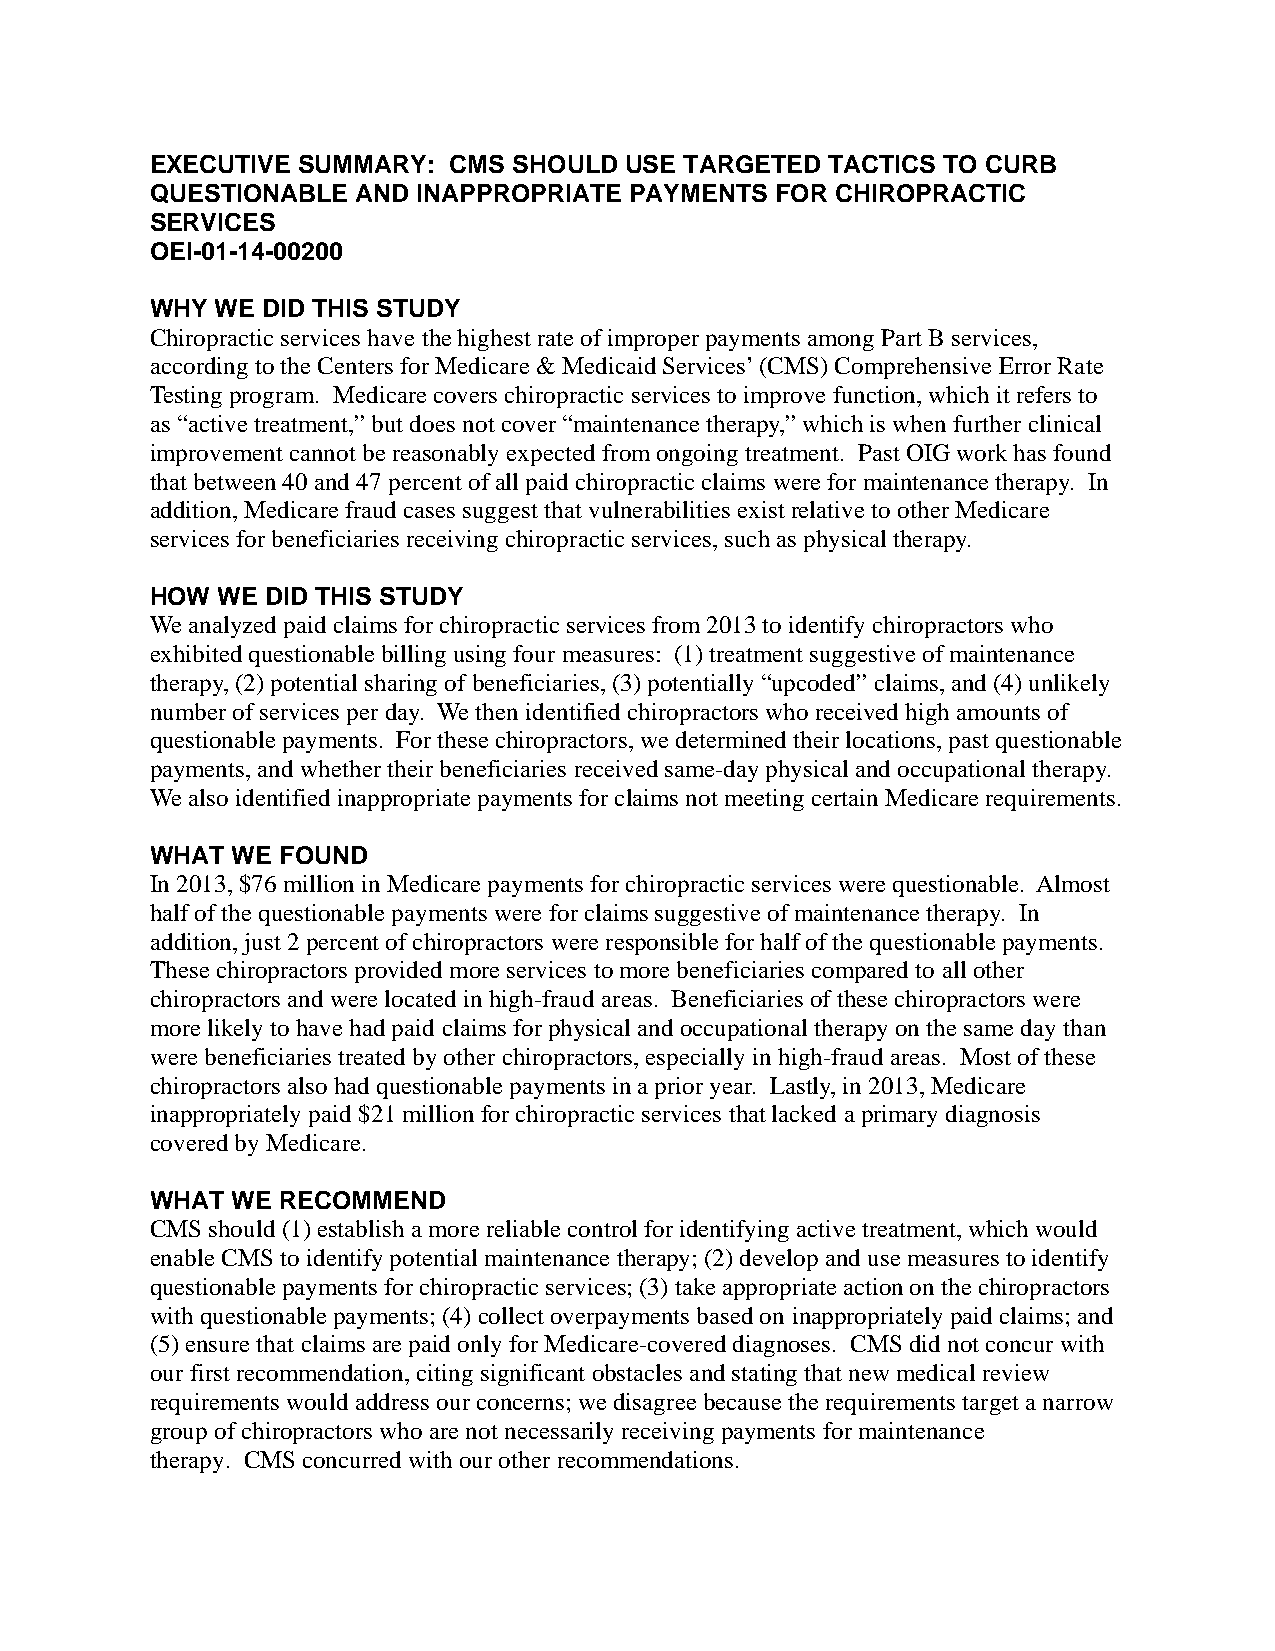
EXECUTIVE SUMMARY:  CMS SHOULD USE TARGETED  TACTICS TO CURB
 QUESTIONABLE  AND INAPPROPRIATE PAYMENTS FOR CHIROPRACTIC
 SERVICES
 OEI-01-14-00200
 WHY WE DID THIS STUDY
 Chiropractic services have the highest rate of improper payments among Part B services,
 according to the Centers for Medicare & Medicaid Services’ (CMS) Comprehensive Error Rate
 Testing program. Medicare covers chiropractic services to improve function, which it refers to
 as “active treatment,” but does not cover “maintenance therapy,” which is when further clinical
 improvement cannot be reasonably expected from ongoing treatment. Past OIG work has found
 that between 40 and 47 percent of all paid chiropractic claims were for maintenance therapy. In
 addition, Medicare fraud cases suggest that vulnerabilities exist relative to other Medicare
 services for beneficiaries receiving chiropractic services, such as physical therapy.
 HOW WE  DID THIS STUDY
 We analyzed paid claims for chiropractic services from 2013 to identify chiropractors who
 exhibited questionable billing using four measures: (1) treatment suggestive of maintenance
 therapy, (2) potential sharing of beneficiaries, (3) potentially “upcoded” claims, and (4) unlikely
 number of services per day. We then identified chiropractors who received high amounts of
 questionable payments. For these chiropractors, we determined their locations, past questionable
 payments, and whether their beneficiaries received same-day physical and occupational therapy.
 We also identified inappropriate payments for claims not meeting certain Medicare requirements.
 WHAT WE FOUND
 In 2013, $76 million in Medicare payments for chiropractic services were questionable. Almost
 half of the questionable payments were for claims suggestive of maintenance therapy. In
 addition, just 2 percent of chiropractors were responsible for half of the questionable payments.
 These chiropractors provided more services to more beneficiaries compared to all other
 chiropractors and were located in high-fraud areas. Beneficiaries of these chiropractors were
 more likely to have had paid claims for physical and occupational therapy on the same day than
 were beneficiaries treated by other chiropractors, especially in high-fraud areas. Most of these
 chiropractors also had questionable payments in a prior year. Lastly, in 2013, Medicare
 inappropriately paid $21 million for chiropractic services that lacked a primary diagnosis
 covered by Medicare.
 WHAT WE RECOMMEND
 CMS should (1) establish a more reliable control for identifying active treatment, which would
 enable CMS to identify potential maintenance therapy; (2) develop and use measures to identify
 questionable payments for chiropractic services; (3) take appropriate action on the chiropractors
 with questionable payments; (4) collect overpayments based on inappropriately paid claims; and
 (5) ensure that claims are paid only for Medicare-covered diagnoses. CMS did not concur with
 our first recommendation, citing significant obstacles and stating that new medical review
 requirements would address our concerns; we disagree because the requirements target a narrow
 group of chiropractors who are not necessarily receiving payments for maintenance
 therapy. CMS concurred with our other recommendations.